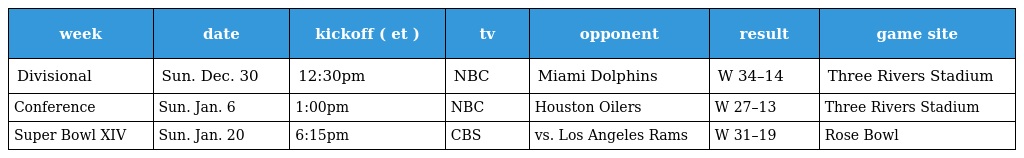
| week | date | kickoff ( et ) | tv | opponent | result | game site |
 | --- | --- | --- | --- | --- | --- | --- |
 | Divisional | Sun. Dec. 30 | 12:30pm | NBC | Miami Dolphins | W 34–14 | Three Rivers Stadium |
 | Conference | Sun. Jan. 6 | 1:00pm | NBC | Houston Oilers | W 27–13 | Three Rivers Stadium |
 | Super Bowl XIV | Sun. Jan. 20 | 6:15pm | CBS | vs. Los Angeles Rams | W 31–19 | Rose Bowl |